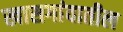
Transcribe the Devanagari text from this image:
खासगांवातील